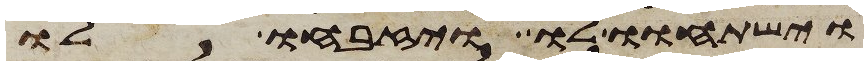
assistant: וישתחוו לו ויזבחו לו